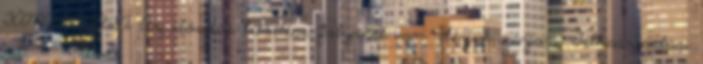
TÁMOGATÁSA Az előadás letöltése folymat van. Kérjük, várjon. Felhasználási